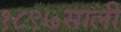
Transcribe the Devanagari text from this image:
१८९७साली